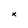
Character: x